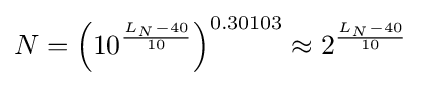
N=\left(10^{\frac {L_{N}-40}{10}}\right)^{0.30103}\approx 2^{\frac {L_{N}-40}{10}}